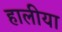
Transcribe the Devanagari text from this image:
हालीया